Indian journal of veterinary science and animal husbandry - Volumes 15-17, 1948-1951
Year: 1948
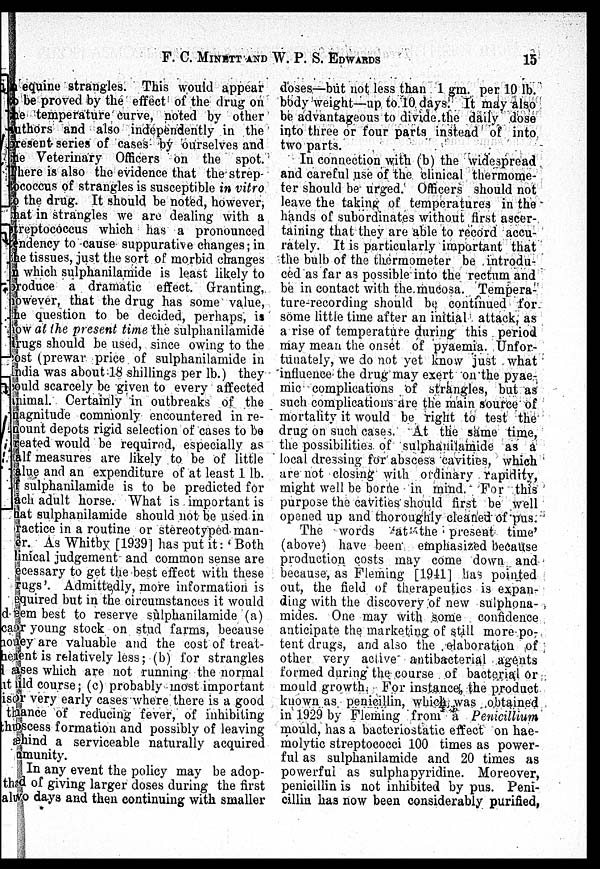
F. C. MINETT AND W. P.
S.EDWARDS
15
a equine strangles. This would appear
to be proved by the effect of the drug on
the temperature curve, noted by other
authors and also independently in the
present series of cases by ourselves and
the Veterinary Officers on the spot.
There is also the evidence that the strep-
-ococcus of strangles is susceptible in vitro
to the drug. It should be noted, however,
that in strangles we are dealing with a
streptococcus which has a pronounced
tendency to cause suppurative changes; in
the tissues, just the sort of morbid changes
in which sulphanilamide is least likely to
produce a dramatic effect. Granting,
however, that the drug has some value,
he question to be decided, perhaps, is
how at the present time the sulphanilamide
drugs should be used, since owing to the
cost (prewar price of sulphanilamide in
India was about 18 shillings per lb.) they
could scarcely be given to every affected
animal. Certainly in outbreaks of the
magnitude commonly encountered in re-
mount depots rigid selection of cases to be
reated would be required, especially as
half measures are likely to be of little
value and an expenditure of at least 1 lb.
f sulphanilamide is to be predicted for
each adult horse. What is important is
hat sulphanilamide should not be used in
ractice in a routine or stereotyped man-
er. As Whitby [1939] has put it: 'Both
linical judgement and common sense are
necessary to get the best effect with these
rugs'. Admittedly, more information is
required but in the circumstances it would
seem best to reserve sùlphanilamide (a)
r young stock on stud farms, because
ey are valuable and the cost of treat-
ent is relatively less; (b) for strangles
ses which are not running the normal
ild course; (c) probably most important
r very early cases where there is a good
ance of reducing fever, of inhibiting
scess formation and possibly of leaving
æhind a serviceable naturally acquired
munity.
In any event the policy may be adop-
had of giving larger doses during the first
two days and then continuing with smaller
doses—but not less than 1 gm. per 10 lb.
body weight—up to 10 days. It may also
be advantageous to divide the daily dose
into three or four parts instead of into
two parts.
In connection with (b) the widespread
and careful use of the clinical thermome-
ter should be urged. Officers should not
leave the taking of temperatures in the
hands of subordinates without first ascer-
taining that they are able to record accu-
rately. It is particularly important that
the bulb of the thermometer be introdu-
ced as far as possible into the rectum and
be in contact with the mucosa. Tempera-
ture-recording should be continued for
some little time after an initial attack, as
a rise of temperature during this period
may mean the onset of pyaemia. Unfor-
tunately, we do not yet know just what
influence the drug may exert on the pyae-
mic complications of strangles, but as
such complications are the main source of
mortality it would be right to test the
drug on such cases. At the same time,
the possibilities of sulphanilamide as a
local dressing for abscess cavities, which
are not closing with ordinary rapidity,
might well be borne in mind. For this
purpose the cavities should first be well
opened up and thoroughly cleaned of pus.
The words 'at the present time'
(above) have been emphasized because
production costs may come down and
because, as Fleming [1941] has pointed
out, the field of therapeutics is expan-
ding with the discovery of new sulphona-
mides. One may with some confidence
anticipate the marketing of still more po-
tent drugs, and also the elaboration of
other very active antibacterial agents
formed during the course of bacterial or
mould growth. For instance, the product
known as penicillin, which was obtained
in 1929 by Fleming from a Penicillium
mould, has a bacteriostatic effect on hae-
molytic streptococci 100 times as power-
ful as sulphanilamide and 20 times as
powerful as sulphapyridine. Moreover,
penicillin is not inhibited by pus. Peni-
cillin has now been considerably purified,